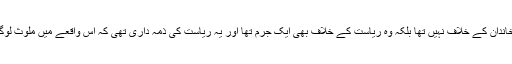
ساہیوال کا واقعہ کسی ایک خاندان کے خلاف نہیں تھا بلکہ وہ ریاست کے خلاف بھی ایک جرم تھا اور یہ ریاست کی ذمہ داری تھی کہ اس واقعے میں ملوث لوگوں کو قرار واقعی سزا دیتی۔